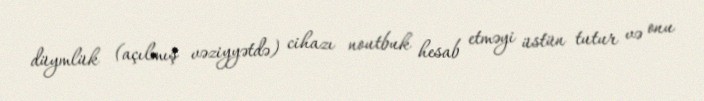
düymlük (açılmış vəziyyətdə) cihazı noutbuk hesab etməyi üstün tutur və onu